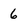
Character: 6